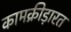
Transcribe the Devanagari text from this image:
कामक्रीड़ारत